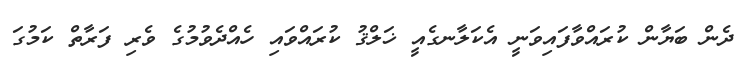
ދެން ބަޔާން ކުރައްވާފައިވަނީ އެކަލާނގެއީ ޚަލްޤު ކުރައްވައި ހެއްދެވުމުގެ ވެރި ފަރާތް ކަމުގަ